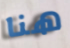
هنا